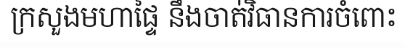
ក្រសួងមហាផ្ទៃ នឹងចាត់វិធានការចំពោះ